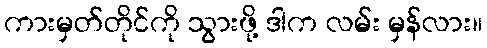
ကားမှတ်တိုင်ကို သွားဖို့ ဒါက လမ်း မှန်လား။